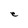
Character: e